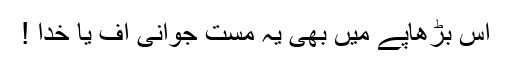
اس بڑھاپے میں بھی یہ مست جوانی اُف یا خدا !